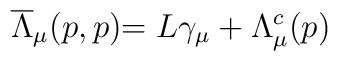
\stackrel{}{\overline{\Lambda }_\mu (p,p)}=L\gamma _\mu +\Lambda _\mu ^c(p)